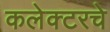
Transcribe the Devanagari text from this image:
कलेक्टरचे